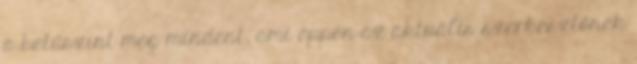
a betűszínt meg mindent, ami éppen az aktuális szerkesztőnek